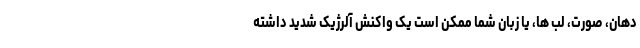
دهان، صورت، لب ها، یا زبان شما ممکن است یک واکنش آلرژیک شدید داشته